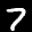
Label: 7